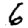
Digit: 6